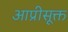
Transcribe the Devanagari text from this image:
आप्रीसूक्त